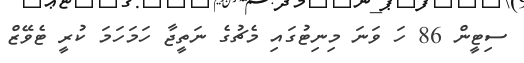
ސިޓީން 86 ހަ ވަނަ މިނިޓުގައި މެޗުގެ ނަތީޖާ ހަމަހަމަ ކުރީ ޓެވޭޒް